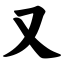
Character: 又